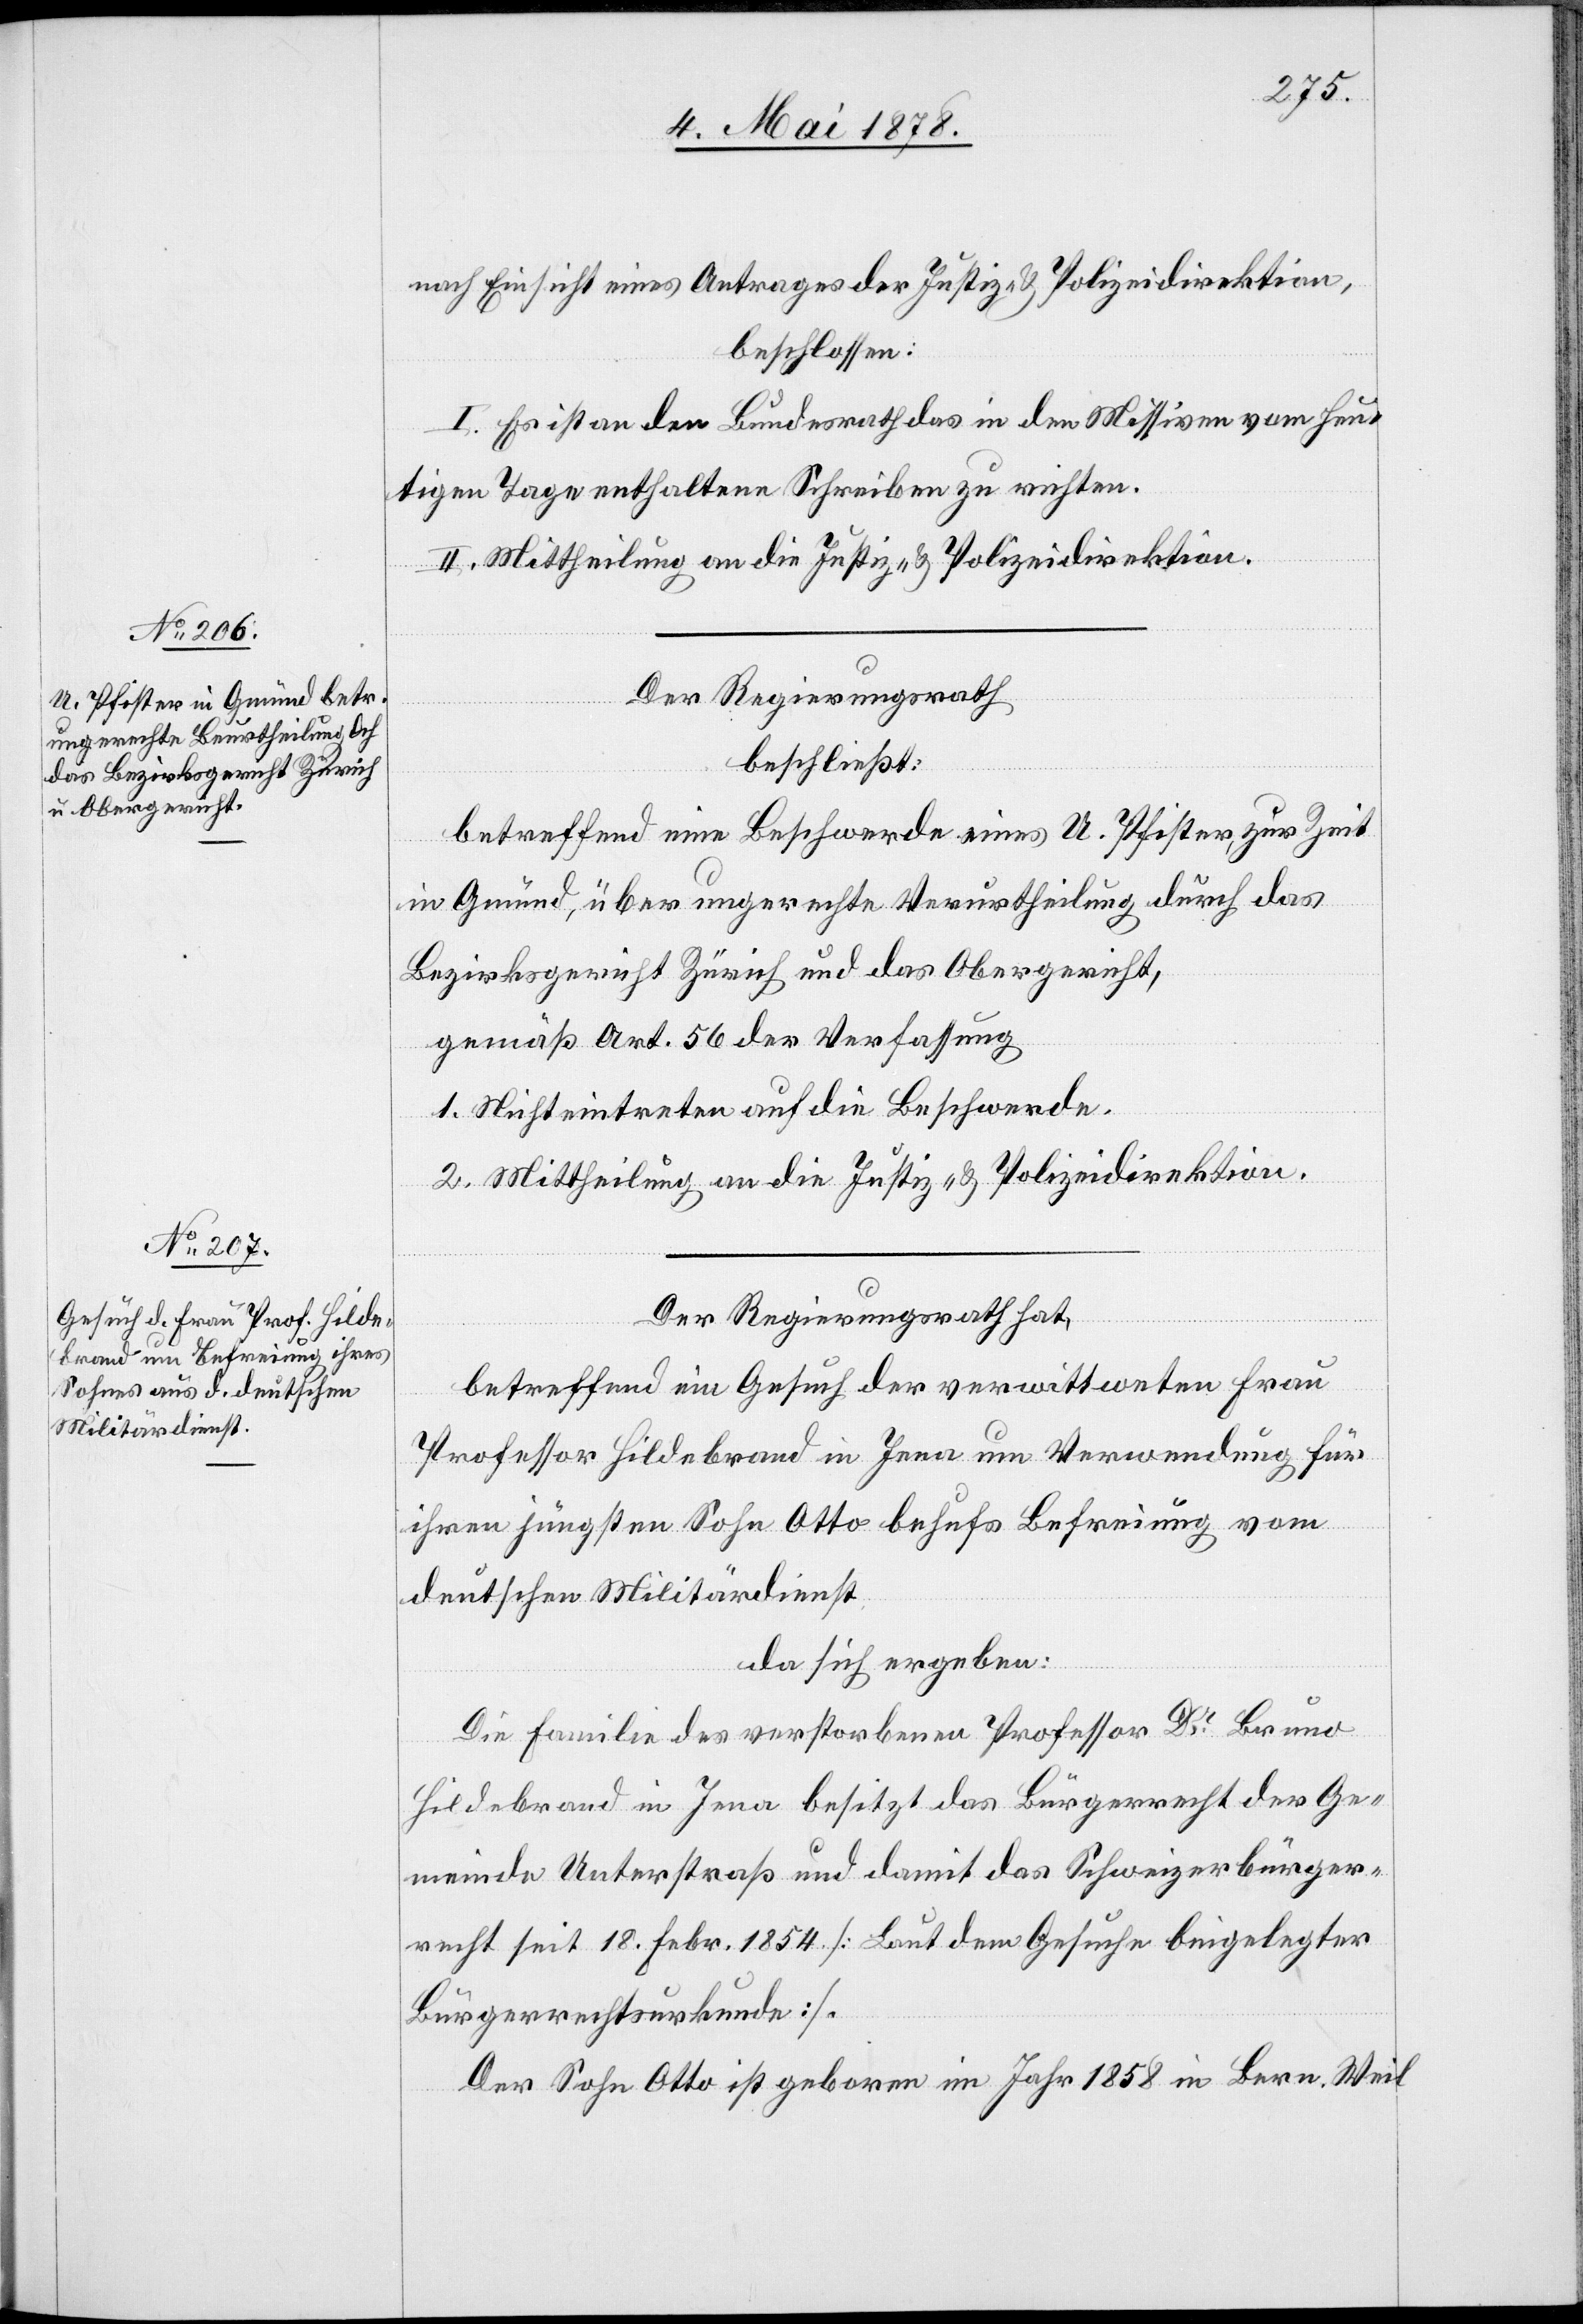
nach Einsicht eines Antrages der Justiz- & Polizeidirektion,
beschlossen:
I. Es ist an den Bundesrath das in den Missiven vom heu¬
tigen Tage enthaltene Schreiben zu richten.
II. Mittheilung an die Justiz- & Polizeidirektion.
Der Regierungsrath
beschließt:
betreffend eine Beschwerde eines U. Pfister, zur Zeit
in Gmünd, über ungerechte Verurtheilung durch das
Bezirksgericht Zürich und das Obergericht,
gemäß Art. 56 der Verfassung
1. Nichteintreten auf die Beschwerde.
2. Mittheilung an die Justiz- & Polizeidirektion.
Der Regierungsrath hat,
betreffend ein Gesuch der verwittweten Frau
Professor Hildebrand in Jena um Verwendung für
ihren jüngsten Sohn Otto behufs Befreiung vom
deutschen Militärdienst,
da sich ergeben:
Die Familie des verstorbenen Professor Dr Bruno
Hildebrand in Jena besitzt das Bürgerrecht der Ge¬
meinde Unterstraß und damit das Schweizerbürger¬
recht seit 18. Febr. 1854 [Laut dem Gesuch beigelegter
Bürgerrechtsurkunde].
Der Sohn Otto ist geboren im Jahr 1858 in Bern. Weil